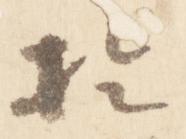
於